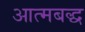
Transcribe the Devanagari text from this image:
आत्मबद्ध